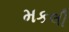
મકલી